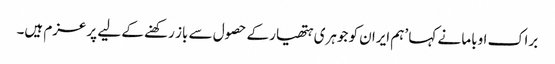
براک اوباما نے کہا ’ہم ایران کو جوہری ہتھیار کے حصول سے باز رکھنے کے لیے پرعزم ہیں۔